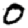
Digit: 0